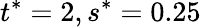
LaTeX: t^{*}=2,s^{*}=0.25